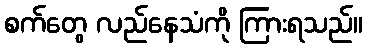
စက်တွေ လည်နေသံကို ကြားရသည်။